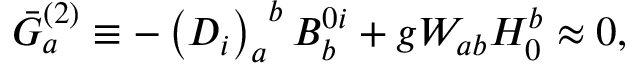
\bar { G } _ { a } ^ { ( 2 ) } \equiv - \left( D _ { i } \right) _ { a } ^ { \; \; b } B _ { b } ^ { 0 i } + g W _ { a b } H _ { 0 } ^ { b } \approx 0 ,